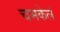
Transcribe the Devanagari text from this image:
चमकेलं